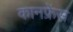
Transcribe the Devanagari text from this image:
कानफ्रेंस